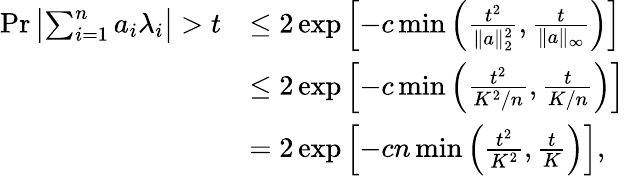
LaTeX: \begin{array}{rl}{\operatorname*{Pr}{\left|\sum_{i=1}^{n}a_{i}\lambda_{i}\right|>t}}&{\leq 2\exp\left[-c\operatorname*{min}\left(\frac{t^{2}}{\| a\| _{2}^{2}},\frac{t}{\| a\| _{\infty}}\right)\right]}\\ &{\leq 2\exp\left[-c\operatorname*{min}\left(\frac{t^{2}}{K^{2}/n},\frac{t}{K/n}\right)\right]}\\ &{=2\exp\left[-cn\operatorname*{min}\left(\frac{t^{2}}{K^{2}},\frac{t}{K}\right)\right],}\end{array}